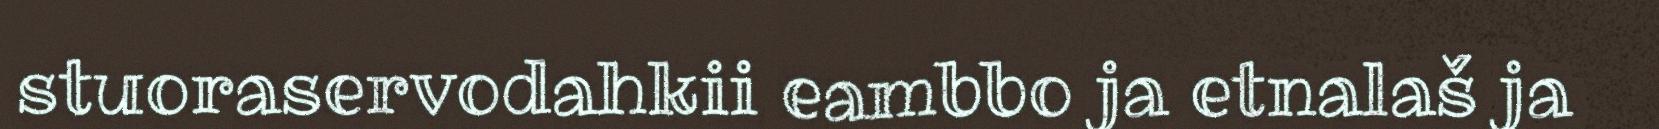
stuoraservodahkii eambbo ja etnalaš ja